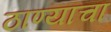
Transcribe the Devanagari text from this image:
ठाण्याचा